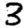
Digit: 3